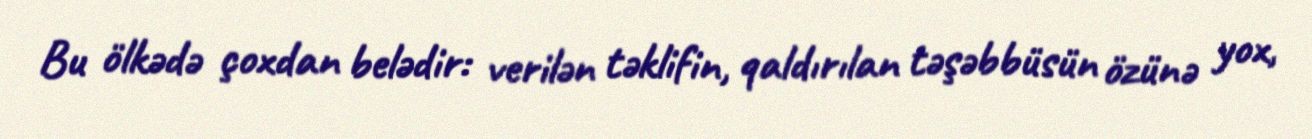
Bu ölkədə çoxdan belədir: verilən təklifin, qaldırılan təşəbbüsün özünə yox,